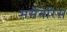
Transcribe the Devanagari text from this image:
मर्सेनेरिस़